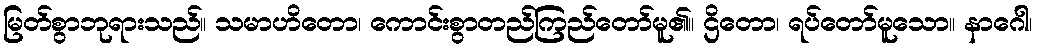
မြတ်စွာဘုရားသည်။ သမာဟိတော၊ ကောင်းစွာတည်ကြည်တော်မူ၏။ ဌိတော၊ ရပ်တော်မူသော။ နာဂေါ၊